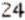
24